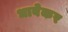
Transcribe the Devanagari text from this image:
धाबेकर